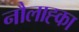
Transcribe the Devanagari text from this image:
नौलाह्का